Indian journal of veterinary science and animal husbandry - Volume 10,
Year: 1940
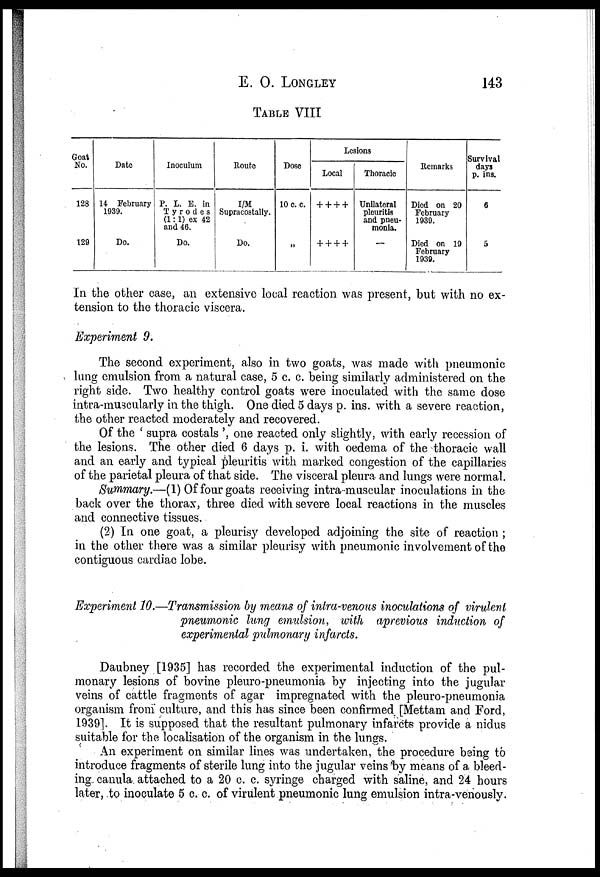
E. O. LONGLEY 143
TABLE VIII
Goat
No.
128
129
Date
14 February
1939.
Do.
Inoculum
P. L. E. in
Tyrodes
(1:1) ex 42
and 46.
Do.
Route
I/M
Supracostally.
Do.
Dose
10 c. c.
„
Lesions
Local
+ + + +
+ + + +
Thoracic
Unilateral
pleuritis
and pneu-
monia.
—
Remarks
Died on 20
February
1939.
Died on 19
February
1939.
Survival
days
p. ins.
6
5
In the other case, an extensive local reaction was present, but with no ex-
tension to the thoracic viscera.
Experiment 9.
The second experiment, also in two goats, was made with pneumonic
lung emulsion from a natural case, 5 c. c. being similarly administered on the
right side. Two healthy control goats were inoculated with the same dose
intra-muscularly in the thigh. One died 5 days p. ins. with a severe reaction,
the other reacted moderately and recovered.
Of the ' supra costals ', one reacted only slightly, with early recession of
the lesions. The other died 6 days p. i. with oedema of the thoracic wall
and an early and typical pleuritis with marked congestion of the capillaries
of the parietal pleura of that side. The visceral pleura and lungs were normal.
Summary.—(1) Of four goats receiving intra muscular inoculations in the
back over the thorax, three died with severe local reactions in the muscles
and connective tissues.
(2) In one goat, a pleurisy developed adjoining the site of reaction ;
in the other there was a similar pleurisy with pneumonic involvement of the
contiguous cardiac lobe.
Experiment 10.—Transmission by means of intra-venous inoculations of virulent
pneumonic lung emulsion, with aprevious induction of
experimental pulmonary infarcts.
Daubney [1935] has recorded the experimental induction of the pul-
monary lesions of bovine pleuro-pneumonia by injecting into the jugular
veins of cattle fragments of agar impregnated with the pleuro-pneumonia
organism from culture, and this has since been confirmed [Mettam and Ford,
1939]. It is supposed that the resultant pulmonary infarcts provide a nidus
suitable for the localisation of the organism in the lungs.
An experiment on similar lines was undertaken, the procedure being to
introduce fragments of sterile lung into the jugular veins by means of a bleed-
ing canula attached to a 20 c. c. syringe charged with saline, and 24 hours
later, to inoculate 5 c. c. of virulent pneumonic lung emulsion intra-venously.